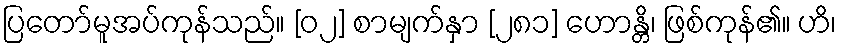
ပြတော်မူအပ်ကုန်သည်။ [၀၂] စာမျက်နှာ [၂၈၁] ဟောန္တိ၊ ဖြစ်ကုန်၏။ ဟိ၊